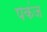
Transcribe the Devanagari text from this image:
पकंज